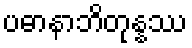
ပဓာနာဘိတုန္နဿ